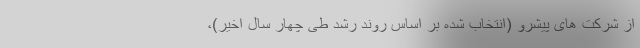
از شرکت های پیشرو (انتخاب شده بر اساس روند رشد طی چهار سال اخیر)،